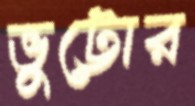
ভুট্টোর